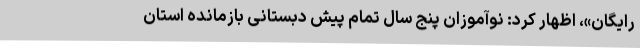
رایگان»، اظهار کرد: نوآموزان پنج سال تمام پیش دبستانی بازمانده استان